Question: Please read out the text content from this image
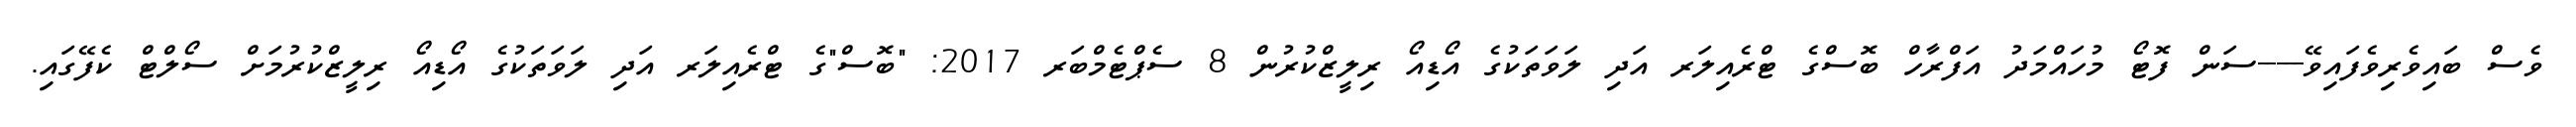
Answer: ވެސް ބައިވެރިވެފައިވޭ-----ސަން ފޮޓޯ މުހައްމަދު އަފްރާހް ބޮސްގެ ޓްރެއިލަރ އަދި ލަވަތަކުގެ އޯޑިއޯ ރިލީޒްކުރުން 8 ސެޕްޓެމްބަރ 2017: "ބޮސް"ގެ ޓްރެއިލަރ އަދި ލަވަތަކުގެ އޯޑިއޯ ރިލީޒްކުރުމަށް ސޯލްޓް ކެފޭގައި.